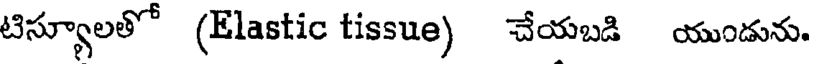
టిస్యూలతో (Elastic tissue) చేయబడి యుండును.